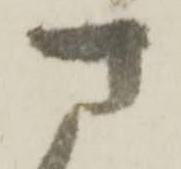
さ